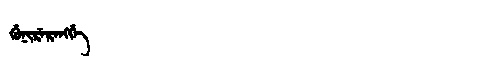
Manchu: ᡤᡠᠨᡳᡵᡝᡵᡝᠩᡤᡝ
Romanization: GUNIRERENGGE